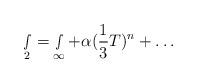
LaTeX: \begin{align*}\smallint _2=\smallint _\infty +\alpha ({\frac 13}T)^n+\ldots\end{align*}